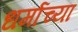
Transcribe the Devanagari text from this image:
धर्माच्‍या